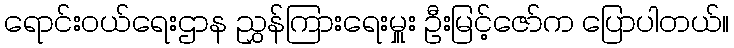
ရောင်းဝယ်ရေးဌာန ညွှန်ကြားရေးမှူး ဦးမြင့်ဇော်က ပြောပါတယ်။